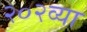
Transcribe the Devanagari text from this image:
२०२व्या